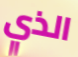
الذي